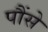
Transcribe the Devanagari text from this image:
पौंसे